Vital statistics of India. Vol. V, Reports of 1876 on armies & jails and on epidemic cholera
Year: 1876
Disease focus: Cholera
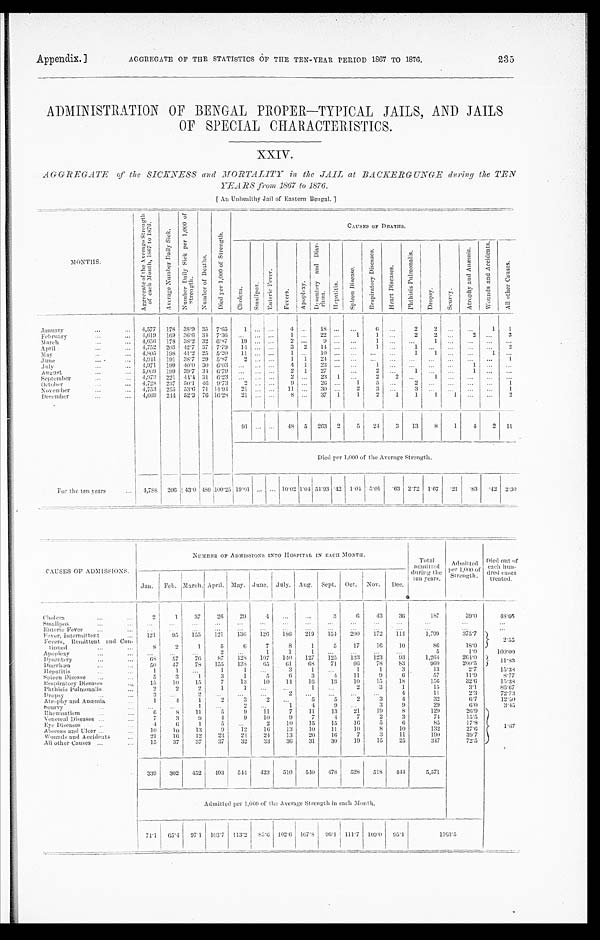
Appendix.]
AGGREGATE OF THE STATISTICS OF THE TEN-YEAR PERIOD 1867 TO 1876.
235
ADMINISTRAT0ION OF BENGAL PROPER—TYPICAL JAILS, AND
JAILS
OF SPECIAL CHARACTERISTICS.
AGGREGATE of the SICKNESS and MORTALITY in the JAIL at BACKERGUNGE during the TEN
YEARS from 1867 to 1876.
[ An Unhealthy Jail of Eastern Bengal.]
M O N T H S .
C A U S E S O F D E A T H S .
A g g r e g a t e o f t h e A v e r a g e S t r e n g t h o f e a c h M o n t h , 1 8 6 7 t o 1 8 7 6 .
A v e r a g e N u m b e r D a i l y S i c k .
N u m b e r D a i l y S i c k p e r 1 , 0 0 0 o f S t r e n g t h .
N u m b e r o f D e a t h s .
D i e d p e r 1 , 0 0 0 o f S t r e n g t h .
C h o l e r a .
S m a l l p o x .
E n t e r i c F e v e r .
F e v e r s .
A p o p l e x y .
D y s e n t e r y a n d D i a r - r h œ a .
H e p a t i t i s .
S p l e e n D i s e a s e .
R e s p i r a t o r y D i s e a s e s .
H e a r t D i s e a s e s .
P h t h i s i s P u l m o n a l i s .
D r o p s y .
S c u r v y .
A t r o p h y a n d A n æ m i a .
W o u n d s a n d a c c i d e n t s .
A l l o t h e r C a u s e s .
January
4 , 5 7 7
1 7 8
3 8 . 9
3 5 7 . 6 5
1
. . . . . .
4 . . . 1 8
. . . . . .
6
. . .
2
2
. . .
. . .
1
1
February
4 , 6 1 9
1 6 9
3 6 . 6
3 4 7 . 3 6
. . .
. . . . . .
1 . . .
2 2 . . .
1 1
. . .
2 2
. . .
2
. . .
3
March
4 , 6 5 6
1 7 8
3 8 . 2
3 2 6 . 8 7
1 9 . . . . . . 2
. . . 9
. . . . . .
1
. . .
. . .
1
. . .
. . .
. . .
...
April
4 , 7 5 2
2 0 3
4 2 . 7
3 7 7 . 7 9
1 4 . . . . . .
3 2
1 4 . . .
. . .
1 . . .
1 . . .
. . .
. . .
. . .
2
May
4 , 8 0 5
1 9 8
4 1 . 2
2 5 5 . 2 0
1 1 . . . . . . 1
. . . 1 0
. . . . . .
. . .
. . .
1 1
. . .
. . .
1 . . .
June
4 , 9 4 1
1 9 1
3 8 . 7
2 9 5 . 8 7
2
. . . . . . 1
1 2 4
. . . . . .
. . .
. . .
. . .
. . .
. . .
. . .
. . .
1
July
4 , 9 7 1
1 9 9
4 0 . 0
3 0 6 . 0 3
. . .
. . . . . .
4 1
2 3 . . .
. . .
1
. . .
. . .
. . .
. . .
1
. . .
...
August
5 , 0 0 9
1 9 9
3 9 . 7
3 4 6 . 7 9
. . .
. . . . . .
2 1
2 7 . . . . . .
2
. . .
1
. . .
. . .
1
. . .
...
September
4 , 9 7 3
2 2 1
4 4 . 4
3 1 6 . 2 3
. . .
. . . . . .
2 . . .
2 3
1 . . .
2
2 . . .
1 . . .
. . .
. . .
...
O c t o b e r
4 , 7 2 8
2 3 7
5 0 . 1
4 6 9 . 7 3
2 . . . . . .
9 . . .
2 6 . . .
1
5 . . .
2 . . .
. . .
. . .
. . .
1
November
4 , 7 5 3
2 5 5
5 3 . 6
7 1 1 4 . 9 4
2 1 . . . . . .
1 1 . . .
3 0 . . .
2
3 . . .
3 . . .
. . .
. . .
. . .
1
December
4 , 6 6 9
2 4 4
5 2 . 3
7 6 1 6 . 2 8
2 1 . . . . . .
8 . . .
3 7
1
1
2
1
1
1
1 . . .
. . .
2
9 1 . . . . . .
4 8
5 2 6 3
2
5
2 4
3
1 3
8
1
4
2 1 1
Died per 1,000 of the Average Strength.
F o r t h e t e n y e a r s
4 , 7 8 8
2 0 6 4 3 . 0
4 8 0
1 0 0 . 2 5
1 9 . 0 1
. . . . . . 1 0 . 0 2
1 . 0 4 5 4 . 9 3
. 4 2
1 . 0 4
5 . 0 1
. 6 3
2 . 7 2
1 . 6 7
. 2 1
. 8 3
. 4 2
2 . 3 0
CAUSES OF ADMISSIONS.
NUMBER OF ADMISSIONS INTO HOSPITAL IN EACH MONTH.
t o t a l a d m i t t e d d u r i n g t h e t e n y e a r s .
A d m i t t e d p e r 1 , 0 0 0 o f S t r e n g t h .
D i e d o u t o f e a c h h u n - d r e d c a s e s t r e a t e d .
J a n .
F e b .
M a r c h .
A p r i l .
M a y .
J u n e .
J u l y .
A u g .
S e p t .
O c t .
N o v .
D e c .
Cholera
2
1
3 7
2 6
2 9 4
. . .
. . .
3
6
4 3
3 6
1 8 7
3 9 . 0
4 8 . 6 6
Smallpox
. . .
. . .
. . .
. . .
. . .
. . .
. . .
. . .
. . .
. . . . . .
. . .
. . .
. . .
. . .
Enteric Fever
. . .
. . .
. . .
. . .
. . .
. . .
. . .
. . .
. . . .
. . .
. . .
. . .
. . .
. . .
. . .
Fever, Intermittent
1 2 1
9 5
1 5 5
1 2 1
1 3 6
1 2 6
1 8 6
2 1 9
1 5 4
2 0 0
1 7 2
1 1 4
1 , 7 9 9
3 7 5 . 7
2 . 5 5
Fever, Remittent and Con-tinued.
8
2
1
5
6
7
8
1
5
1 7
1 6
1 0
8 6
1 8 . 0
A p o p l e x y
. . .
. . .
. . . 2
. . .
1
1 1
. . .
. . .
. . .
. . .
5
1 . 0
1 0 0 . 0 0
Dysentery
6 8
5 7
7 6
8 7
1 2 8
1 0 7
1 4 0
1 2 7
1 2 5
1 3 3
1 2 3
9 3
1 , 2 6 4
2 6 4 . 0
1 1 . 8 3
Diarrhœa
5 0
4 7
7 8
1 5 5
1 3 8
6 5
6 1
6 8
7 1
6 6
7 8
8 3
9 6 0
2 0 0 . 5
H e p a t i t i s
1
1 . . .
1 1
. . .
3
1
. . .
1
1
3
1 3
2 . 7
1 5 . 3 3
S p l e e n D i s e a s e
5
3
1
3
1
5
6
3
4
1 1
9
6 5 7
1 1 . 9
8 . 7 7
R e s p i r a t o r y D i s e a s e s
1 5
1 0
1 5
7
1 3
1 0
1 4
1 6
1 3
1 0
1 5
1 8
1 5 6
3 2 . 6
1 5 . 3 8
P h t h i s i s P u l m o n a l i s
2
2
2
1
1
. . .
. . . 1
. . .
2
3
1
1 5
3 . 1
8 6 . 6 7
Dropsy
3
. . . 2
. . .
. . .
. . . 2
. . .
. . .
. . .
. . .
4
1 1
2 . 3
7 2 . 7 3
A t r o p h y a n d A n æ m i a
1
4
1
2
3 2
. . .
5
5
2
3
4
3 2
6 . 7
1 2 . 5 0
S e u r v y
. . .
. . . 1
. . .
2
. . .
1
4
9
. . .
3
9
2 9
6 . 0
3 . 4 5
R h e u m a t i s m
6
8
1 1
5
9
1 1
7
1 1
1 3
2 1 1 9
8
1 2 9
2 6 . 9
1 . 6 7
V e n e r e a l D i s e a s e s
7
3
9 4
9
1 0
9
7
4
7
2
3
7 4
1 5 . 5
Eye Diseases
4
6
1
5
. . .
2
1 0
1 5
1 5
1 6
5
6
8 5
1 7 . 8
A b s c e s s a n d U l c e r
1 0
1 0
1 3
9
1 2
1 6
1 3
1 0
1 1
1 0
8
1 0
1 3 2
2 7 . 6
W o u n d s a n d A c c i d e n t s
2 1
1 6
1 2
2 3
2 4
2 4
1 3
2 0
1 6
7
3
1 1
1 9 0
3 9 . 7
All other Causes
1 5
3 7
3 7
3 7
3 2
3 3
3 6
3 1
3 0
1 9
1 5
2 5
3 4 7
7 2 . 5
3 3 9
3 0 2
4 5 2
4 9 3
5 4 4
4 2 3
5 1 0
5 4 0
4 7 8
5 2 8
5 1 8
4 4 4
5 , 5 7 1
Admitted per 1,000 of the Average Strength in each Month.
7 4 . 1
6 5 . 4
9 7 . 1
1 0 3 . 7
1 1 3 . 2
8 5 . 6
1 0 2 . 6
1 0 7 . 8
9 6 . 1
1 1 1 . 7
1 0 9 . 0
9 5 . 1
1 1 6 3 . 5